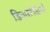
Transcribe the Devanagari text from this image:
डिजरटेशियाँ